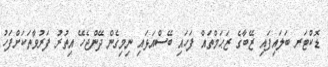
ޑޮކްޓަރ ބަލައިފައި ޒޭބާގެ ޒަޙަމްތައް ފަހައި ބޭސްއަޅައި ނިމިގެން ދޭންޖެހޭ އިތުރު ފަރުވާތަކަށްފަހު